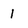
Character: 1